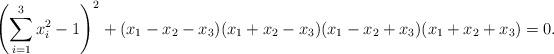
LaTeX: \begin{align*} \left( \sum_{i = 1}^{3} x_i^2 - 1 \right)^2 + ( x_1 - x_2 - x_3 ) ( x_1 + x_2 - x_3 ) ( x_1 - x_2 + x_3 ) ( x_1 + x_2 + x_3 ) = 0. \end{align*}